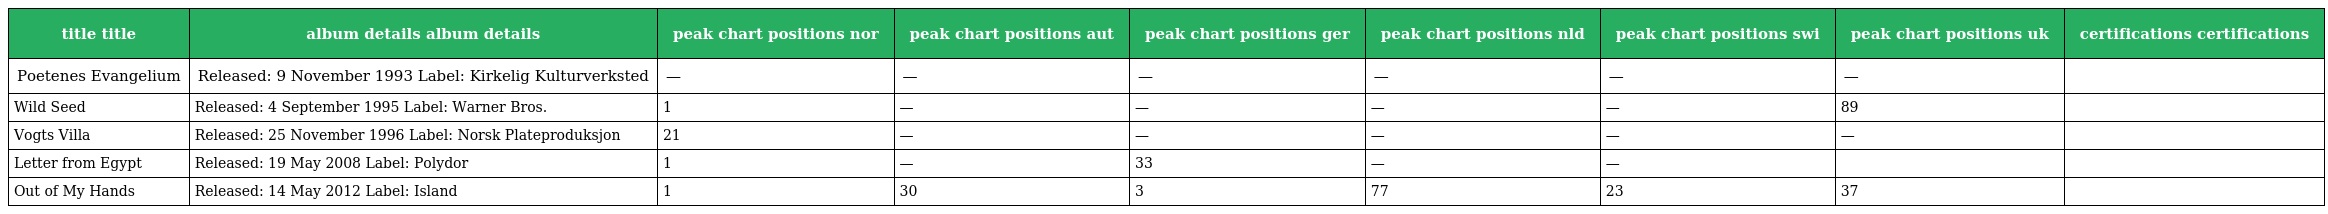
| title title | album details album details | peak chart positions nor | peak chart positions aut | peak chart positions ger | peak chart positions nld | peak chart positions swi | peak chart positions uk | certifications certifications |
 | --- | --- | --- | --- | --- | --- | --- | --- | --- |
 | Poetenes Evangelium | Released: 9 November 1993 Label: Kirkelig Kulturverksted | — | — | — | — | — | — |  |
 | Wild Seed | Released: 4 September 1995 Label: Warner Bros. | 1 | — | — | — | — | 89 |  |
 | Vogts Villa | Released: 25 November 1996 Label: Norsk Plateproduksjon | 21 | — | — | — | — | — |  |
 | Letter from Egypt | Released: 19 May 2008 Label: Polydor | 1 | — | 33 | — | — |  |  |
 | Out of My Hands | Released: 14 May 2012 Label: Island | 1 | 30 | 3 | 77 | 23 | 37 |  |